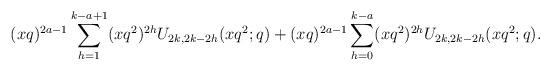
LaTeX: \begin{align*}(xq)^{2a-1}\sum_{h=1}^{k-a+1}(xq^2)^{2h}U_{2k,2k-2h}(xq^2;q)+(xq)^{2a-1}\sum_{h=0}^{k-a}(xq^2)^{2h}U_{2k,2k-2h}(xq^2;q).\end{align*}